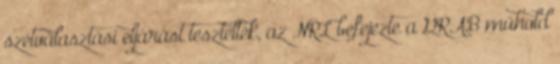
szétválasztási eljárást tesztelték, az NRL befejezte a GRAB műhold